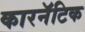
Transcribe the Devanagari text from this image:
कारनॅटिक